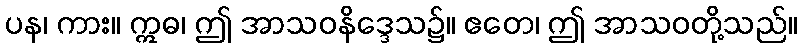
ပန၊ ကား။ ဣဓ၊ ဤ အာသဝနိဒ္ဒေသ၌။ ဧတေ၊ ဤ အာသဝတို့သည်။